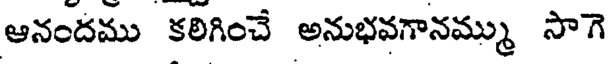
ఆనందము కలిగించే అనుభవగానమ్ము సాగె